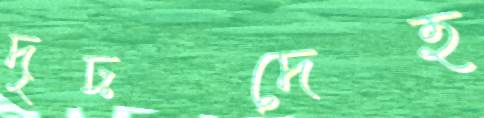
দৃঢ়দেহ